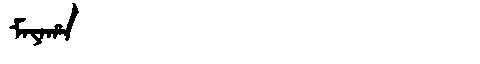
Manchu: ᠮᠠᠶᠠᡥᠠ
Romanization: MAYAHA